Calcutta medical institutions reports 1871-78
Year: 1871
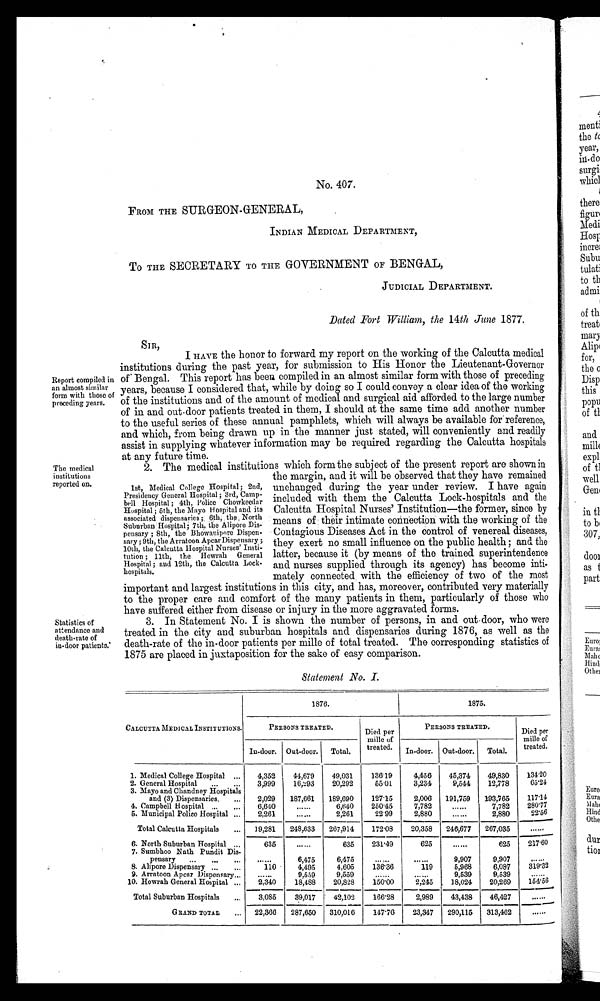
2. The medical institutions which form the subject of the present report are shown in
the margin, and it will be observed that they have remained
unchanged during the year under review. I have again
included with them the Calcutta Lock-hospitals and the
Calcutta Hospital Nurses' Institution—the former, since by
means of their intimate connection with the working of the
Contagious Diseases Act in the control of venereal diseases,
they exert no small influence on the public health; and the
latter, because it (by means of the trained superintendence
and nurses supplied through its agency) has become inti
- m a t e l y c o n n e c t e d w i t h t h e e f f i c i e n c y o f t w o o f t h e m o s t
important and largest institutions in this city, and has, moreover, contributed very materially
to the proper care and comfort of the many patients in them, particularly of those who
have suffered either from disease or injury in the more aggravated forms.
3. In Statement No. I is shown the number of persons, in and out door, who were
treated in the city and suburban hospitals and dispensaries during 1876, as well as the
death-rate of the in-door patients per mille of total treated. The corresponding statistics of
1875 are placed in juxtaposition for the sake of easy comparison.
Statement No. I.
The medical
institutions
reported on.
Statistics of
attendance and
death-rate of
in-door patients.
1st, Medical College Hospital; 2nd,
Presidency General Hospital ; 3rd, Camp
- b e l l H o s p i t a l ; 4 t h , P o l i c e C h o w k e e d a r
Hospital ; 5th, the Mayo Hospital and its
associated dispensaries ; 6th, the North
Suburban Hospital; 7th, the Alipore Dis
-pensary ; 8th, the Bhowanipore Dispen
- s a r y ; 9 t h , t h e A r r a t o o n A p c a r D i s p e n s a r y ;
10th, the Calcutta Hospital Nurses' Insti
- t u t i o n ; 1 1 t h , t h e H o w r a h G e n e r a l
Hospital ; and 12th, the Calcutta Lock-
hospitals.
No. 407.
FROM THE SURGEON-GENERAL,
INDIAN MEDICAL DEPARTMENT,
To THE SECRETARY TO THE GOVERNMENT OF BENGAL,
JUDICIAL DEPARTMENT.
Dated Fort William, the 14th June 1877.
SIR,
I HAVE the honor to forward my report on the working of the Calcutta medical
institutions during the past year, for submission to His Honor the Lieutenant-Governor
Report compiled in of Bengal. This report has been compiled in an almost similar form with those of precedin
g, an almost similar form with those of years, because I considered that, while by doing so I could convey a clear idea of the working
preceding years. of the institutions and of the amount of medical and surgical aid afforded to the large number
of in and out-door patients treated in them, I should at the same time add another number
to the useful series of these annual pamphlets, which will always be available for reference,
and which, from being drawn up in the manner just stated, will conveniently and readily
assist in supplying whatever information may be required regarding the Calcutta hospitals
at any future time.
CALCUTTA MEDICAL INSTITUTIONS.
1876.
1875.
PERSONS TREATED.
Died per
mille of
treated.
PERSONS TREATED.
Died per
mills of
treated.
In-door. Out-door. Total.
In-door. Out-door. Total.
1. Medical College Hospital
4,352 44,679 49,031
136.19
4,456 45,374 49,830 134.20
2. General Hospital
3,999 16,293 20,292
55.01
3,234
9,544 12,778
65.24
3. Mayo and Chandney Hospitals
and (3) Dispensaries. 2,029 187,661 189,690 127.15
2,006 191,759 193,765 117.14
4. Campbell Hospital
6,640
6,640 250.45
7,782
7,782 280.77
5. Municipal Police Hospital
2,261
2,261
22.99
2,880
2,880
22.56
Total Calcutta Hospitals
19,281 248,633 267,914 172.08
20,358 246,677 267,035
6. North Suburban Hospital
635
635 231.49
625
625 217.60
7. Sumbhoo Nath Pundit Dis-
pensary
6,475
6,475
9,907
9,907
8. Alipore Dispensary
110
4,495
4,605 138.36
119
5,968
6,087
319.32
9. Arratoon Apcar Dispensary
9,559
9,559
9,539
9,539
10. Howrah General Hospital
2,340
18,488 20,828
1 5 0 . 0 0
2,245 18,024 20,269 154.56
Total Suburban Hospitals
3,085
39,017 42,109 166.28
2,989 43,438 46,427
GRAND TOTAL
22,366 287,650 310,016 147.76
23,347 290,115 313,462